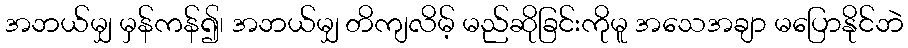
အဘယ်မျှ မှန်ကန်၍၊ အဘယ်မျှ တိကျလိမ့် မည်ဆိုခြင်းကိုမူ အသေအချာ မပြောနိုင်ဘဲ